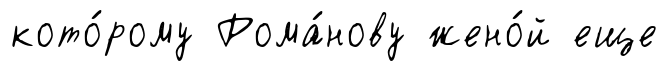
кото́рому Рома́нову жено́й еще